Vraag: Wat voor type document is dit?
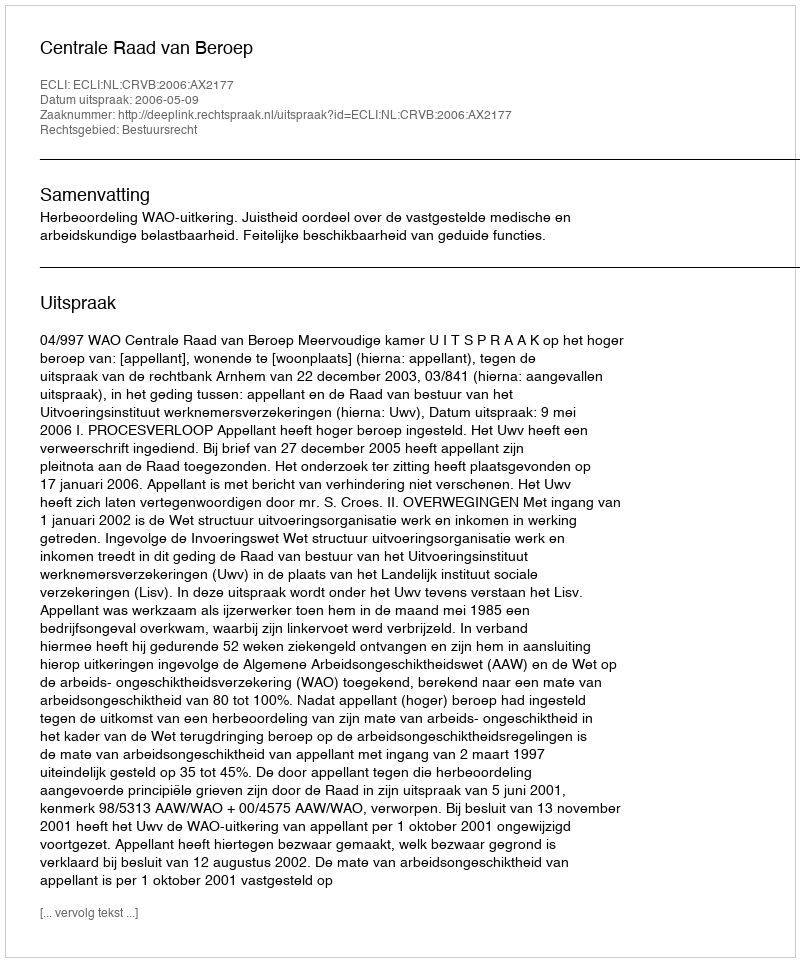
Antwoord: Uitspraak